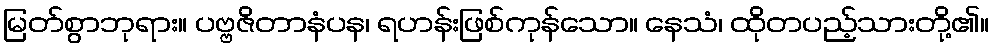
မြတ်စွာဘုရား။ ပဗ္ဗဇိတာနံပန၊ ရဟန်းဖြစ်ကုန်သော။ နေသံ၊ ထိုတပည့်သားတို့၏။